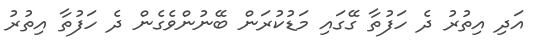
އަދި އިތުރު ދެ ހަފުތާ ގޭގައި މަޑުކުރަން ބޭނުންވެގެން ދެ ހަފުތާ އިތުރު